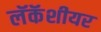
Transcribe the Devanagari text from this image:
लॅकॅशीयर